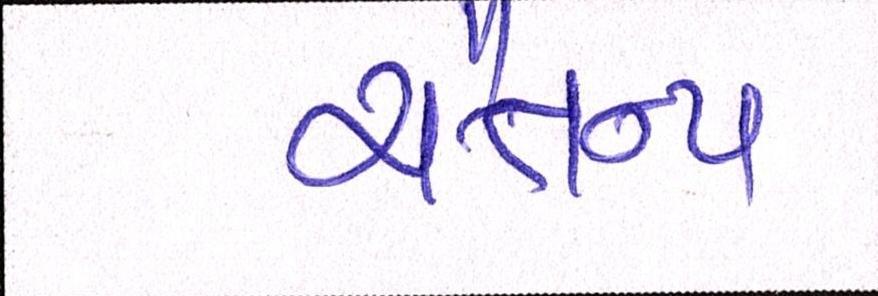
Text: ચૈતન્ય